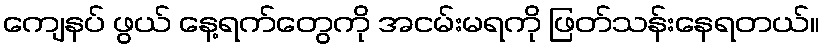
ကျေနပ် ဖွယ် နေ့ရက်တွေကို အငမ်းမရကို ဖြတ်သန်းနေရတယ်။